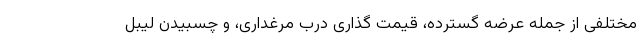
مختلفی از جمله عرضه گسترده، قیمت گذاری درب مرغداری، و چسبیدن لیبل